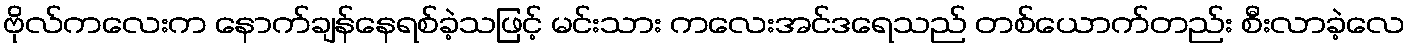
ဗိုလ်ကလေးက နောက်ချန်နေရစ်ခဲ့သဖြင့် မင်းသား ကလေးအင်ဒရေသည် တစ်ယောက်တည်း စီးလာခဲ့လေ